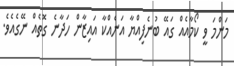
މަންމަ ވީ ކޯމާއެއް ގައޭ ބުނެފިއްޔާ އަނެއްކާ އައިޒާން ހަދާނެ ގޮތެއް ނޭގެއެވެ.